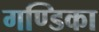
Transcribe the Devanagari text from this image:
गण्डिका